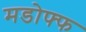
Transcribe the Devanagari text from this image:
मडोफ्फ